Medical and sanitary report of the native army of Bengal for the year
Year: 1876
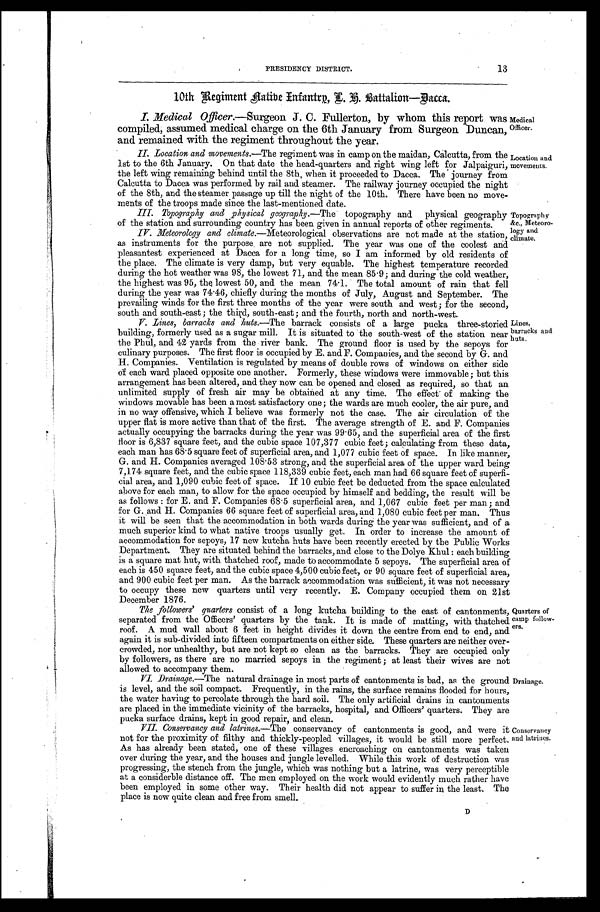
PRESIDENCY DISTRICT.
13
10th Regiment n ative Infantry, L. K. Battalion—Dacca.
I. Medical Officer.— Surgeon J. C. Fullerton, by whom this report was
compiled, assumed medical charge on the 6th January from Surgeon Duncan,
and remained with the regiment throughout the year.
Medical
Officer.
II. Location and movements. —The regiment was in camp on the maidan, Calcutta, from the
1st to the 6th January. On that date the head-quarters and right wing left for Jalpaiguri,
the left wing remaining behind until the 8th, when it proceeded to Dacca. The journey from
Calcutta to Dacca was performed by rail and steamer. The railway journey occupied the night
of the 8th, and the steamer passage up till the night of the 10th. There have been no move-
ments of the troops made since the last-mentioned date.
III. Topography and physical geography. —The topography and physical geography
of the station and surrounding country has been given in annual reports of other regiments.
IV. Meteorology and climate.— Meteorological observations are not made at the station,
as instruments for the purpose are not supplied. The year was one of the coolest and
pleasantest experienced at Dacca for a long time, so I am informed by old residents of
the place. The climate is very damp, but very equable. The highest temperature recorded
during the hot weather was 98, the lowest 71, and the mean 85.9; and during the cold weather,
the highest was 95, the lowest 50, and the mean 74.1. The total amount of rain that fell
during the year was 74.46, chiefly during the months of July, August and September. The
prevailing winds for the first three months of the year were south and west ; for the second,
south and south-east ; the third, south-east ; and the fourth, north and north-west.
Location and
movements.
Topography
&c., Meteoro-
logy and
climate.
V. Lines, barracks and huts. —The barrack consists of a large pucka three-storied
building, formerly used as a sugar mill. It is situated to the south-west of the station near
the Phul, and 42 yards from the river bank. The ground floor is used by the sepoys for
culinary purposes. The first floor is occupied by E. and F. Companies, and the second by G. and
H. Companies. Ventilation is regulated by means of double rows of windows on either side
of each ward placed opposite one another. Formerly, these windows were immovable ; but this
arrangement has been altered, and they now can be opened and closed as required, so that an
unlimited supply of fresh air may be obtained at any time. The effect of making the
windows movable has been a most satisfactory one; the wards are much cooler, the air pure, and
in no way offensive, which I believe was formerly not the case. The air circulation of the
upper flat is more active than that of the first. The average strength of E. and F. Companies
actually occupying the barracks during the year was 99.65, and the superficial area of the first
floor is 6,837 square feet, and the cubic space 107,377 cubic feet ; calculating from these data,
each man has 68.5 square feet of superficial area, and 1,077 cubic feet of space. In like manner,
G. and H. Companies averaged 108.53 strong, and the superficial area of the upper ward being
7,174 square feet, and the cubic space 118,339 cubic feet, each man had 66 square feet of superfi-
cial area, and 1,090 cubic feet of space. If 10 cubic feet be deducted from the space calculated
above for each man, to allow for the space occupied by himself and bedding, the result will be
as follows : for E. and F. Companies 68.5 superficial area, and 1,067 cubic feet per man ; and
for G. and H. Companies 66 square feet of superficial area, and 1,080 cubic feet per man. Thus
it will be seen that the accommodation in both wards during the year was sufficient, and of a
much superior kind to what native troops usually get. In order to increase the amount of
accommodation for sepoys, 17 new kutcha huts have been recently erected by the Public Works
Department. They are situated behind the barracks, and close to the Dolye Khul : each building
is a square mat hut, with thatched roof, made to accommodate 5 sepoys. The superficial area of
each is 450 square feet, and the cubic space 4,500 cubic feet, or 90 square feet of superficial area,
and 900 cubic feet per man. As the barrack accommodation was sufficient, it was not necessary
to occupy these new quarters until very recently. E. Company occupied them on 21st
December 1876.
The followers' quarters consist of a long kutcha building to the east of cantonments,
separated from the Officers' quarters by the tank. It is made of matting, with thatched
roof. A mud wall about 6 feet in height divides it down the centre from end to end, and
again it is sub-divided into fifteen compartments on either side. These quarters are neither over-
crowded, nor unhealthy, but are not kept so clean as the barracks. They are occupied only
by followers, as there are no married sepoys in the regiment ; at least their wives are not
allowed to accompany them.
Quarters of
camp follow-
ers.
Lines,
barracks and
huts.
VI. Drainage. —The natural drainage in most parts of cantonments is bad, as the ground
is level, and the soil compact. Frequently, in the rains, the surface remains flooded for hours,
the water having to percolate through the hard soil. The only artificial drains in cantonments
are placed in the immediate vicinity of the barracks, hospital, and Officers' quarters. They are
pucka surface drains, kept in good repair, and clean.
Drainage.
VII. Conservancy and latrines.—The conservancy of cantonments is good, and were it
not for the proximity of filthy and thickly-peopled villages, it would be still more perfect.
As has already been stated, one of these villages encroaching on cantonments was taken
over during the year, and the houses and jungle levelled. While this work of destruction was
progressing, the stench from the jungle, which was nothing but a latrine, was very perceptible
at a considerble distance off. The men employed on the work would evidently much rather have
been employed in some other way. Their health did not appear to suffer in the least. The
place is now quite clean and free from smell.
Conservancy
and latrines.